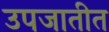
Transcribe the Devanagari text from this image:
उपजातीत